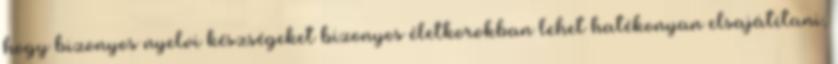
hogy bizonyos nyelvi készségeket bizonyos életkorokban lehet hatékonyan elsajátítani,